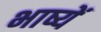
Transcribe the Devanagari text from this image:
भाष्यें